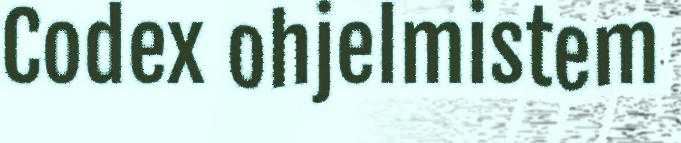
Codex ohjelmistem